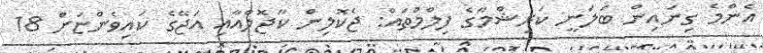
އެންމެ ގިނައިން ބަލަނީ ކަރިޝްމާގެ ފިލްމްތައް: ޖެކޮލިން ކާޖޮލްއާއި އަޖޭގެ ކައިވެންޏަށް 18